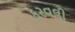
કરવલી